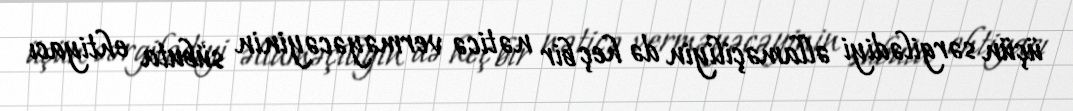
üçün sərgilədiyi əllaməçiliyin də heç bir nəticə verməyəcəyinin sübuta ehtiyacı